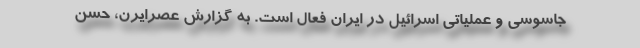
جاسوسی و عملیاتی اسرائیل در ایران فعال است. به گزارش عصرایرن، حسن